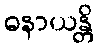
ဓနာယန္တိ